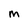
Character: M